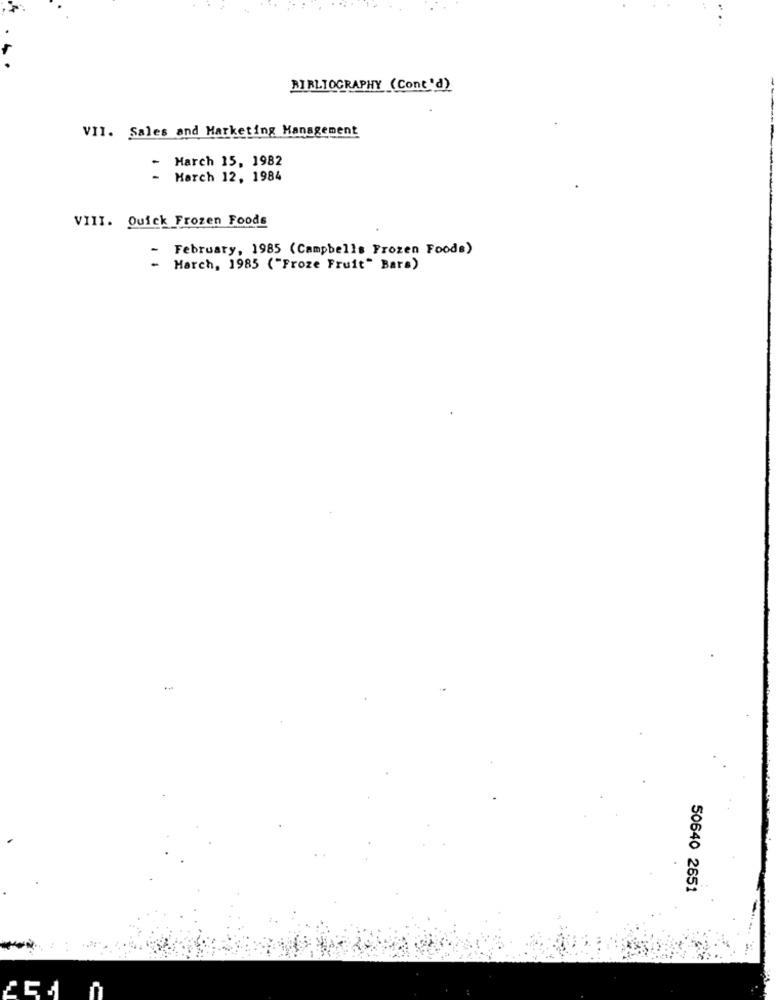
BIBLIOGRAPHY (Cont'd)
VII. Sales and Marketing Management
March 15, 1982
-
March 12, 1984
VIII. Quick Frozen Foods
February, 1985 (Campbells Frozen Foods)
-
- March, 1985 ("Froze Fruit" Bars)
50640 2651